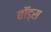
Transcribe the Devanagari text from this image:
बॉंड्स